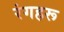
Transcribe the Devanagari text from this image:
रंगहरू